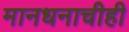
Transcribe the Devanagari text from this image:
मानधनाचीही